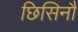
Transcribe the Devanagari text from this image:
छिसिनौ